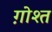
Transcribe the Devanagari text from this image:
ग़ोश्त